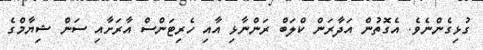
ގުޅިގެންނެވެ. އެގޮތުން އަދާރަން ކްލަބް ރަންނާޅި އާއި ހެރިޓަންސް އާރަށާއި ސަން ޝިޔާމްގެ